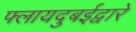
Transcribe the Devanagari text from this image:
फ्लायदुबईद्वारे